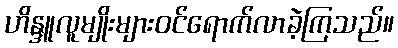
ဟိန္ဒူလူမျိုးများဝင်ရောက်လာခဲ့ကြသည်။